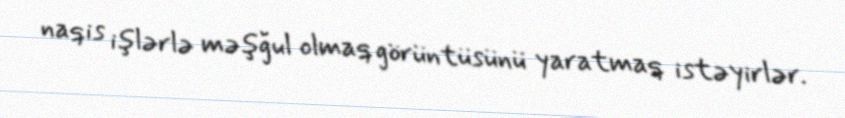
naqis işlərlə məşğul olmaq görüntüsünü yaratmaq istəyirlər.